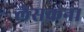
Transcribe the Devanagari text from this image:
लेसकना